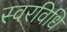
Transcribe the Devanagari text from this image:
स्वरविधि